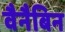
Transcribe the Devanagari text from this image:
वैनैबिन